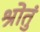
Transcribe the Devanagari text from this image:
श्रोतुं